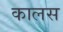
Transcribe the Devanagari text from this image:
कालस